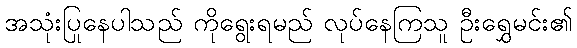
အသုံးပြုနေပါသည် ကိုရွေးရမည် လုပ်နေကြသူ ဦးရွှေမင်း၏